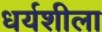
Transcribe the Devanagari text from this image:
धर्यशीला